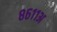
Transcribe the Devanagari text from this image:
८६११अ